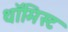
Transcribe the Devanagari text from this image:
थॉमिस्ट